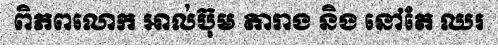
ពិភពលោក អាល់ប៊ុម តារាង និង នៅតែ ឈរ